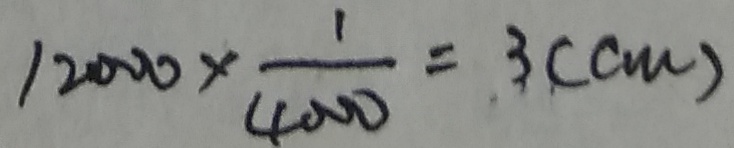
1 2 0 0 0 \times \frac { 1 } { 4 0 0 0 } = 3 ( c m )